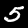
Label: 5